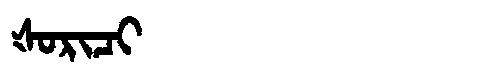
Manchu: ᡧᠣᡵᡳᠴᡳ
Romanization: ŠORICI